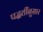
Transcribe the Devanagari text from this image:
पद्धतींनुसार